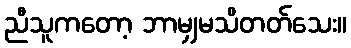
ညီသူကတော့ ဘာမျှမသိတတ်သေး။